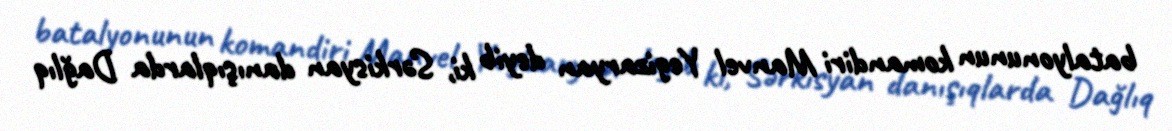
batalyonunun komandiri Manvel Yegizaryan deyib ki, Sərkisyan danışıqlarda Dağlıq